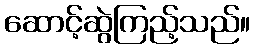
ဆောင့်ဆွဲကြည့်သည်။